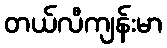
တယ်လီကျန်းမာ